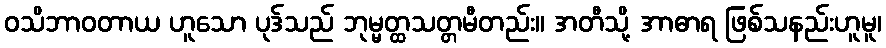
ဝသိဘာဝတာယ ဟူသော ပုဒ်သည် ဘုမ္မတ္ထသတ္တမီတည်း။ အတီသို့ အာဓာရ ဖြစ်သနည်းဟူမူ၊